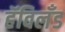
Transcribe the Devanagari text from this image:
हॅविलँड